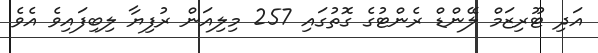
އަދި ޓޫރިޒަމް ލޭންޑް ރެންޓުގެ ގޮތުގައި 257 މިލިއަން ރުފިޔާ ލިބިފައިވެ އެވެ